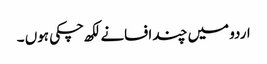
اردو میں چند افسانے لکھ چکی ہوں ۔